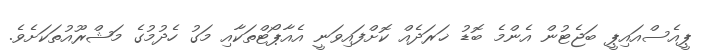
ޕީއެސްއައިޕީ ބަޖެޓުން އެންމެ ބޮޑު ޚަރަދެއް ކޮށްފައިވަނީ އެއާޕޯޓްތަކާއި މަގު ހެދުމުގެ މަޝްރޫއުތަކަށެވެ.